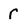
Character: r